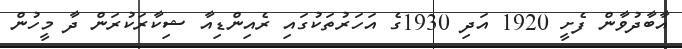
އާބާދުވާން ފެށީ 1920 އަދި 1930ގެ އަހަރުތަކުގައި ރެއިންޑިއާ ޝިކާރަކުރަން ދާ މީހުން